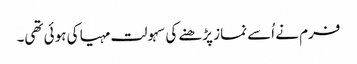
فرم نے اُسے نماز پڑھنے کی سہولت مہیا کی ہوئی تھی۔